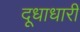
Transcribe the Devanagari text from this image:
दूधाधारी